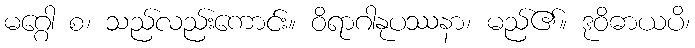
မဂ္ဂေါ စ၊ သည်လည်းကောင်း။ ဝိရာဂါနုပဿနာ၊ မည်၏။ ဒုဝိဓာယပိ၊